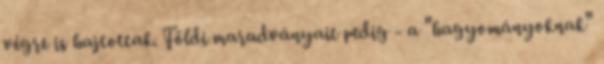
végre is hajtottak. Földi maradványait pedig - a "hagyományoknak"